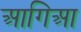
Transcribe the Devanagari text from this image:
आगिआ